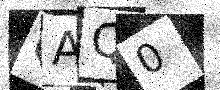
Text: GAQ0